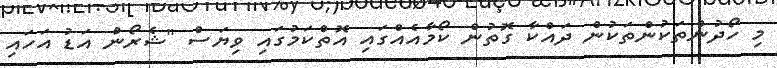
މި ހޯދުންތަކުންތަކުން ދައްކާ ގޮތުން ކޯމާއެއްގައި އޮތްކަމުގައި ވިޔަސް "ޝެރޯން އަޑު އަހައި